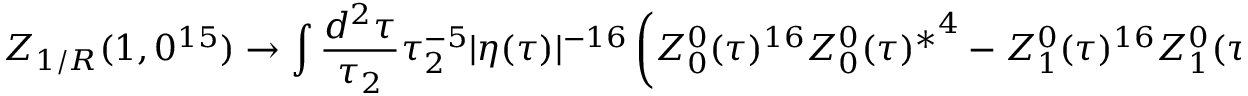
Z _ { 1 / R } ( 1 , 0 ^ { 1 5 } ) \to \int \frac { d ^ { 2 } \tau } { \tau _ { 2 } } \tau _ { 2 } ^ { - 5 } | \eta ( \tau ) | ^ { - 1 6 } \left( Z _ { 0 } ^ { 0 } ( \tau ) ^ { 1 6 } { Z _ { 0 } ^ { 0 } ( \tau ) ^ { * } } ^ { 4 } - Z _ { 1 } ^ { 0 } ( \tau ) ^ { 1 6 } { Z _ { 1 } ^ { 0 } ( \tau ) ^ { * } } ^ { 4 } - Z _ { 0 } ^ { 1 } ( \tau ) ^ { 1 6 } { Z _ { 0 } ^ { 1 } ( \tau ) ^ { * } } ^ { 4 } \right) \ ,